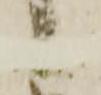
候